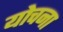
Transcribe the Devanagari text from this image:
योचना